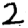
Digit: 2